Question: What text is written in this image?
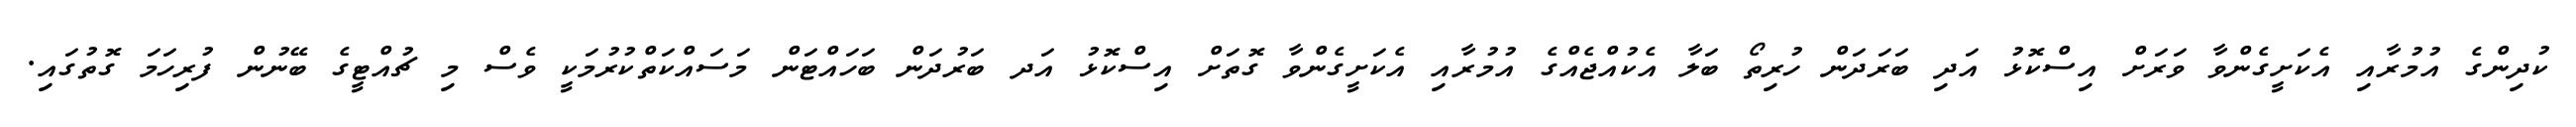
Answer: ކުދިންގެ އުމުރާއި އެކަށީގެންވާ ވަރަށް އިސްކޮޅު އަދި ބަރަދަން ހުރިތޯ ބަލާ އެކުއްޖެއްގެ އުމުރާއި އެކަށީގެންވާ ގޮތަށް އިސްކޮޅު އަދ ބަރުދަން ބަހައްޓަން މަސައްކަތްކުރުމަކީ ވެސް މި ޗުއްޓީގެ ބޭނުން ފުރިހަމަ ގޮތުގައި.